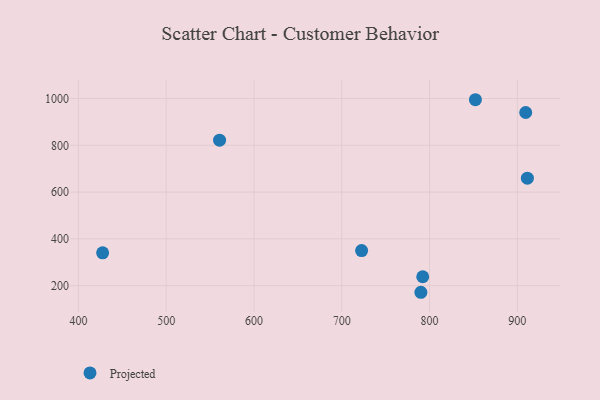
{"axis": {"x": "Price", "y": "Demand"}, "legend": ["Projected"], "data": [{"x": "911.4", "y": 659.6, "type": "Projected"}, {"x": "790.1", "y": 171.7, "type": "Projected"}, {"x": "792.2", "y": 238.1, "type": "Projected"}, {"x": "909.5", "y": 940.2, "type": "Projected"}, {"x": "427.6", "y": 340.5, "type": "Projected"}, {"x": "722.6", "y": 350.0, "type": "Projected"}, {"x": "852.2", "y": 994.8, "type": "Projected"}, {"x": "560.8", "y": 822.1, "type": "Projected"}]}